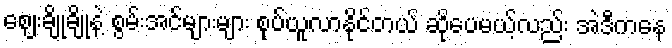
ဈေးချိုချိုနဲ့ စွမ်းအင်များများ စုပ်ယူလာနိုင်တယ် ဆိုပေမယ့်လည်း အဲဒီကနေ